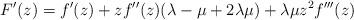
LaTeX: \begin{align*} F'(z)=f'(z)+zf''(z)(\lambda-\mu+2\lambda\mu)+\lambda\mu z^{2}f'''(z)\end{align*}